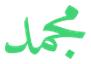
مجمد